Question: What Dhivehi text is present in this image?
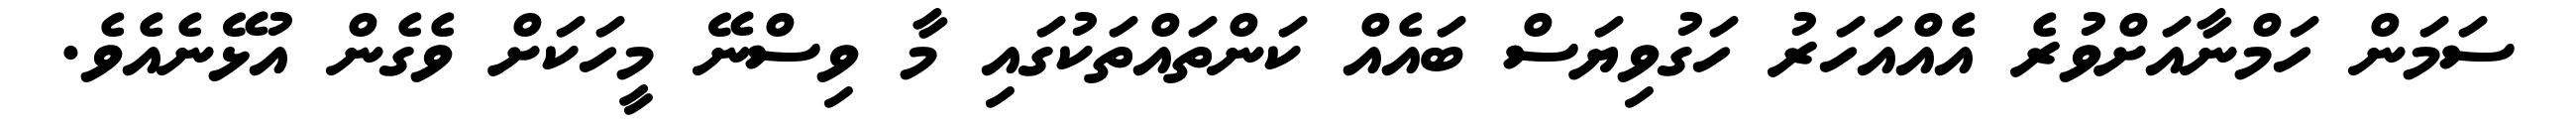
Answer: ސަމަން ހަމްނާއަށްވުރެ އެއްއަހަރު ހަގުވިޔަސް ބައެއް ކަންތައްތަކުގައި މާ ވިސްނޭ މީހަކަށް ވެގެން އުޅޭނެއެވެ.